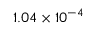
1 . 0 4 \times 1 0 ^ { - 4 }